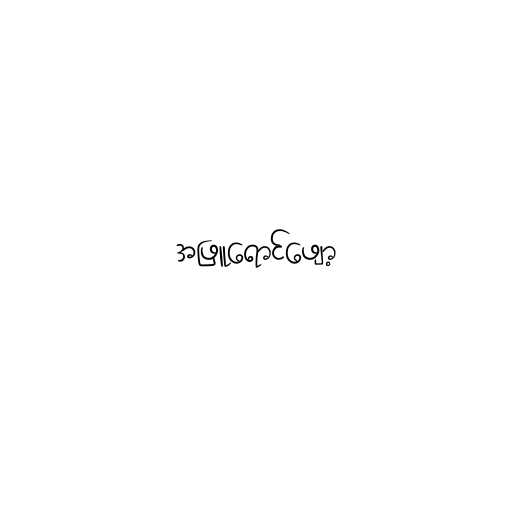
အဖြူရောင်ဖျော့